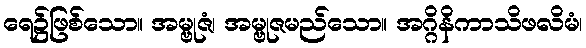
ရေ၌ဖြစ်သော။ အမ္ဗုဇံ၊ အမ္ဗုဇမည်သော။ အဂ္ဂိနိကာသိဖလိမံ၊